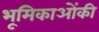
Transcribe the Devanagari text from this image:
भूमिकाओंकी